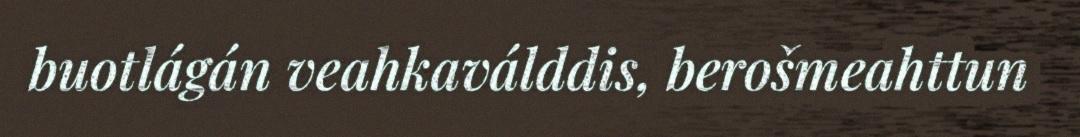
buotlágán veahkaválddis, berošmeahttun